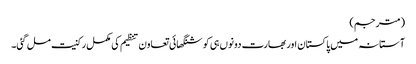
(مترجم)
آستانہ میں پاکستان اور بھارت دونوں ہی کو شنگھائی تعاون تنظیم کی مکمل رکنیت مل گئی۔